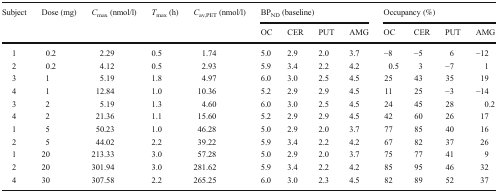
<table><thead><tr><td rowspan="2"><b>Subject</b></td><td rowspan="2"><b>Dose (mg)</b></td><td rowspan="2"><b><i>C</i><sub>max</sub> (nmol/l)</b></td><td rowspan="2"><b><i>T</i><sub>max</sub> (h)</b></td><td rowspan="2"><b><i>C</i><sub>av,PET</sub> (nmol/l)</b></td><td colspan="4"><b>BP<sub>ND</sub> (baseline)</b></td><td colspan="4"><b>Occupancy (%)</b></td></tr><tr><td><b>OC</b></td><td><b>CER</b></td><td><b>PUT</b></td><td><b>AMG</b></td><td><b>OC</b></td><td><b>CER</b></td><td><b>PUT</b></td><td><b>AMG</b></td></tr></thead><tbody><tr><td>1</td><td>0.2</td><td>2.29</td><td>0.5</td><td>1.74</td><td>5.0</td><td>2.9</td><td>2.0</td><td>3.7</td><td>−8</td><td>−5</td><td>6</td><td>−12</td></tr><tr><td>2</td><td>0.2</td><td>4.12</td><td>0.5</td><td>2.93</td><td>5.9</td><td>3.4</td><td>2.2</td><td>4.2</td><td>0.5</td><td>3</td><td>−7</td><td>1</td></tr><tr><td>3</td><td>1</td><td>5.19</td><td>1.8</td><td>4.97</td><td>6.0</td><td>3.0</td><td>2.5</td><td>4.5</td><td>25</td><td>43</td><td>35</td><td>19</td></tr><tr><td>4</td><td>1</td><td>12.84</td><td>1.0</td><td>10.36</td><td>5.2</td><td>2.9</td><td>2.9</td><td>4.5</td><td>11</td><td>25</td><td>−3</td><td>−14</td></tr><tr><td>3</td><td>2</td><td>5.19</td><td>1.3</td><td>4.60</td><td>6.0</td><td>3.0</td><td>2.5</td><td>4.5</td><td>24</td><td>45</td><td>28</td><td>0.2</td></tr><tr><td>4</td><td>2</td><td>21.36</td><td>1.1</td><td>15.60</td><td>5.2</td><td>2.9</td><td>2.9</td><td>4.5</td><td>42</td><td>60</td><td>26</td><td>17</td></tr><tr><td>1</td><td>5</td><td>50.23</td><td>1.0</td><td>46.28</td><td>5.0</td><td>2.9</td><td>2.0</td><td>3.7</td><td>77</td><td>85</td><td>40</td><td>16</td></tr><tr><td>2</td><td>5</td><td>44.02</td><td>2.2</td><td>39.22</td><td>5.9</td><td>3.4</td><td>2.2</td><td>4.2</td><td>67</td><td>82</td><td>37</td><td>26</td></tr><tr><td>1</td><td>20</td><td>213.33</td><td>3.0</td><td>57.28</td><td>5.0</td><td>2.9</td><td>2.0</td><td>3.7</td><td>75</td><td>77</td><td>41</td><td>9</td></tr><tr><td>2</td><td>20</td><td>301.94</td><td>3.0</td><td>281.62</td><td>5.9</td><td>3.4</td><td>2.2</td><td>4.2</td><td>85</td><td>95</td><td>46</td><td>32</td></tr><tr><td>4</td><td>30</td><td>307.58</td><td>2.2</td><td>265.25</td><td>6.0</td><td>3.0</td><td>2.3</td><td>4.5</td><td>82</td><td>89</td><td>52</td><td>37</td></tr></tbody></table>